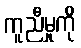
ကူညီမှုကို